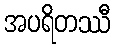
အပရိတဿီ